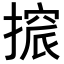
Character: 𢳦